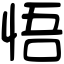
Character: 悟